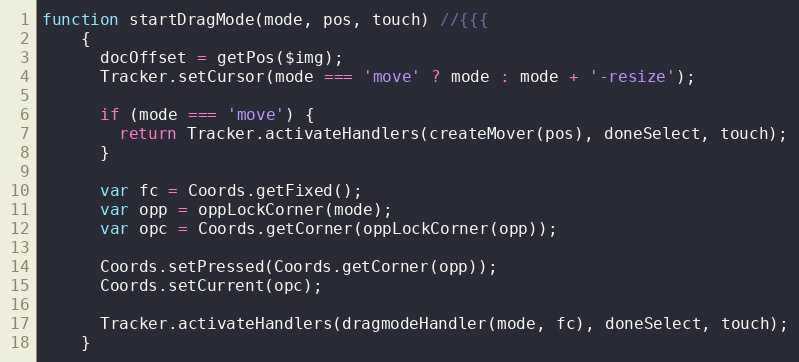
Language: JavaScript
function startDragMode(mode, pos, touch) //{{{
    {
      docOffset = getPos($img);
      Tracker.setCursor(mode === 'move' ? mode : mode + '-resize');

      if (mode === 'move') {
        return Tracker.activateHandlers(createMover(pos), doneSelect, touch);
      }

      var fc = Coords.getFixed();
      var opp = oppLockCorner(mode);
      var opc = Coords.getCorner(oppLockCorner(opp));

      Coords.setPressed(Coords.getCorner(opp));
      Coords.setCurrent(opc);

      Tracker.activateHandlers(dragmodeHandler(mode, fc), doneSelect, touch);
    }